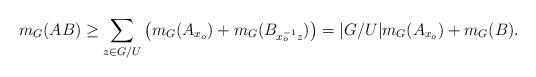
LaTeX: \begin{align*}m_G(AB) \geq \sum_{z \in G/U} \big( m_G(A_{x_o}) + m_G(B_{x_o^{-1} z})\big) = |G/U| m_G(A_{x_o}) + m_G(B).\end{align*}